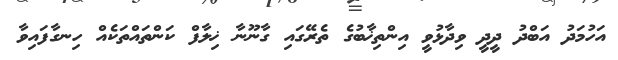
އަހުމަދު އަބްދު ދީދީ ވިދާޅުވީ އިންތިޚާބުގެ ތެރޭގައި ގާނޫނާ ޚިލާފް ކަންތައްތަކެއް ހިނގާފައިވާ